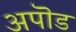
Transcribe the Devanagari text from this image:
अपॊड